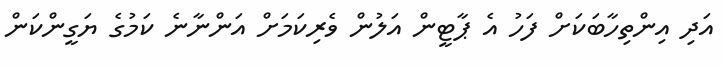
އަދި އިންތިހާބަކަށް ފަހު އެ ޕާޓީން އަލުން ވެރިކަމަށް އަންނާނެ ކަމުގެ ޔަގީންކަން